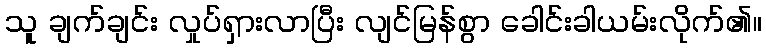
သူ ချက်ချင်း လှုပ်ရှားလာပြီး လျင်မြန်စွာ ခေါင်းခါယမ်းလိုက်၏။